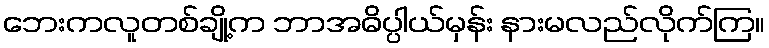
ဘေးကလူတစ်ချို့က ဘာအဓိပ္ပါယ်မှန်း နားမလည်လိုက်ကြ။